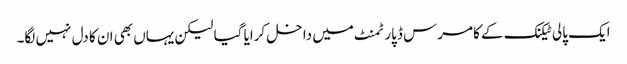
ایک پالی ٹیکنک کے کامرس ڈپارٹمنٹ میں داخل کرایا گیا لیکن یہاں بھی ان کا دل نہیں لگا۔